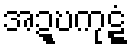
အဍ္ဎကုဋ္ဋံ